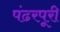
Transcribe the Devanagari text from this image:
पंढरपूरी